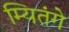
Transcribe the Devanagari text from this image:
म्यितंगे